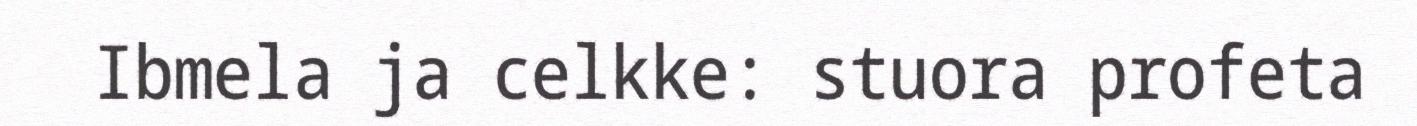
Ibmela ja celkke: stuora profeta